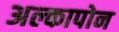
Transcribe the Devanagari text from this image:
अल्कापोन